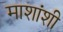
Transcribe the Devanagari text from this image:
माशांशी